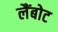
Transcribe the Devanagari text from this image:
लैंबोट